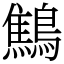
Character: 鷦